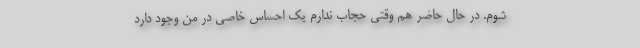
شوم. در حال حاضر هم وقتی حجاب ندارم یک احساس خاصی در من وجود دارد